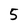
Character: 5